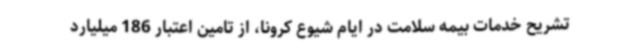
تشریح خدمات بیمه سلامت در ایام شیوع کرونا، از تامین اعتبار 186 میلیارد